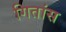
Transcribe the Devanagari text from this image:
गितांस